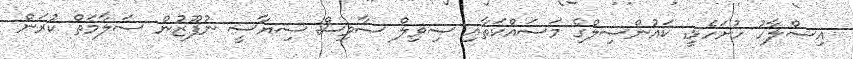
އިސްލާހު ހުށަހެޅީ